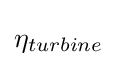
\eta _{turbine}